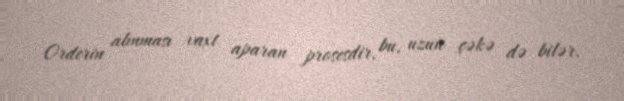
Orderin alınması vaxt aparan prosesdir, bu, uzun çəkə də bilər.